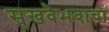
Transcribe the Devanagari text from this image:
सुखवैभवाचा